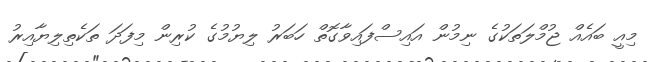
މިއީ ބައެއް ޖުމްލަތަކުގެ ނިމުން އައިސްފައިވާގޮތް ހަބަރު ލިޔުމުގެ ކުރިން މިފަދަ ތަކެތިލިޔާއިރު